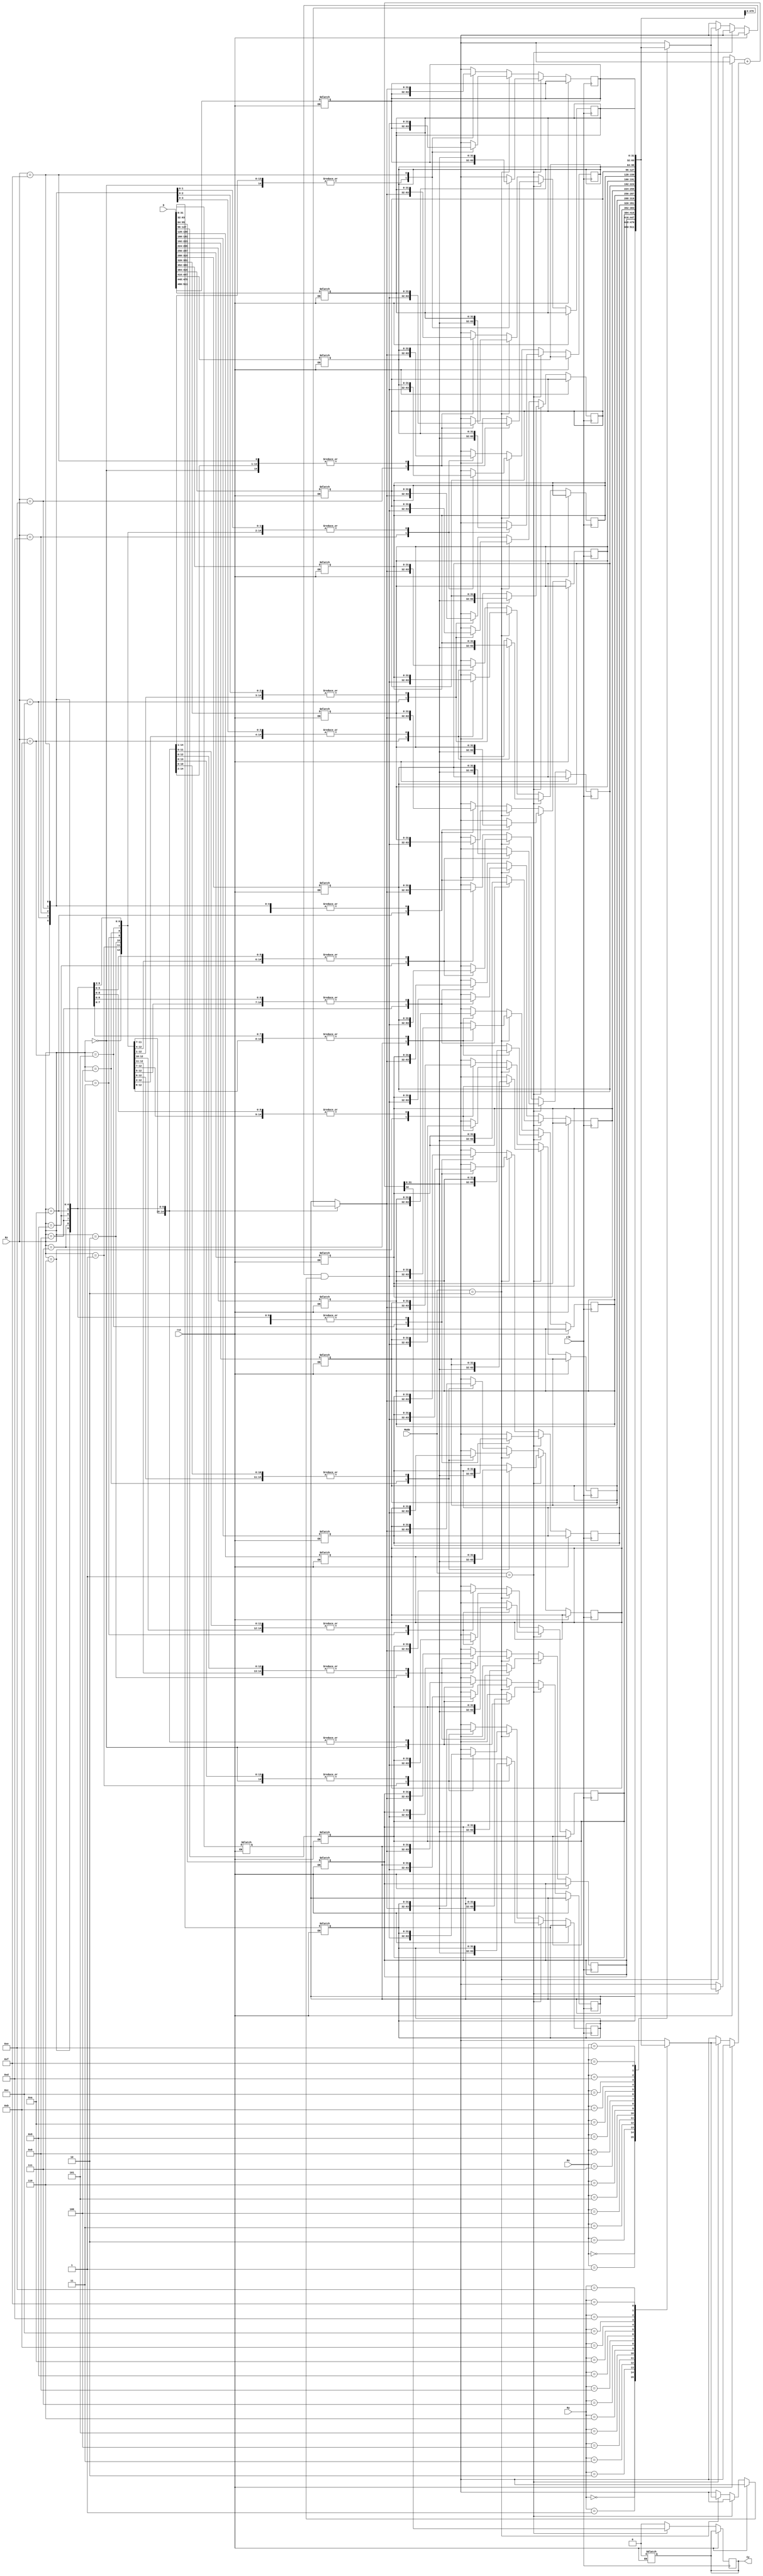
`timescale 1ns / 1ps
module bit32Register(rst,D,Cy,clk,Mode,Rx,Ry,Rz);
input rst,clk;
input [511:0]D;
input [3:0]Rx,Ry,Rz,Mode;
output reg Cy;
reg [32:0]ans=0;
reg [31:0]out[15:0];
integer i;
always @(*)
begin
    if(rst) begin
            out[0]<=D[31:0];
            out[1]<=D[63:32];
            out[2]<=D[95:64];
            out[3]<=D[127:96];
            out[4]<=D[159:128];
            out[5]<=D[191:160];
            out[6]<=D[223:192];
            out[7]<=D[255:224];
            out[8]<=D[287:256];
            out[9]<=D[319:288];
            out[10]<=D[351:320];
            out[11]<=D[383:352];
            out[12]<=D[415:384];
            out[13]<=D[447:416];
            out[14]<=D[479:448];
            out[15]<=D[511:480];
            Cy=0;
        end
    
end

always @(posedge clk  ) begin
    if(~rst) begin
        if(Mode==4'b0001)begin
                ans=(out[Rx]+out[Ry]); 
                out[Rz]=ans[31:0];
                Cy=ans[32];  
            end
        else if(Mode==4'b0010) begin
        // Mode==4'b0010 
                ans=(out[Rx]&out[Ry]);
                out[Rz]=ans[31:0];
                Cy=0;    
        end
        else begin
                out[Rz]=out[Rz];
                Cy=0;
        end        
    end
end    

endmodule